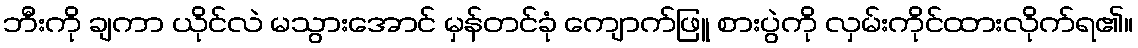
ဘီးကို ချကာ ယိုင်လဲ မသွားအောင် မှန်တင်ခုံ ကျောက်ဖြူ စားပွဲကို လှမ်းကိုင်ထားလိုက်ရ၏။